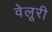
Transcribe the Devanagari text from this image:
वेलूरी